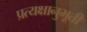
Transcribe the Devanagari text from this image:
प्रत्यक्षानुभूती